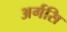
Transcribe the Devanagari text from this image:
अर्गसि